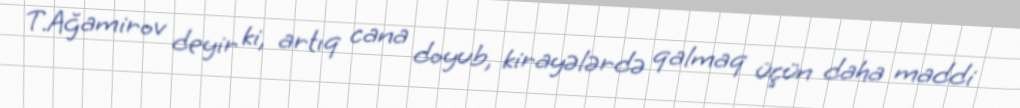
T.Ağamirov deyir ki, artıq cana doyub, kirayələrdə qalmaq üçün daha maddi